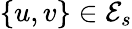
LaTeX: \{ u,v\} \in\mathcal{E}_{s}